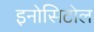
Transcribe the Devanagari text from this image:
इनोसिटोल